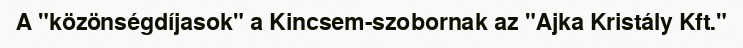
A "közönségdíjasok" a Kincsem-szobornak az "Ajka Kristály Kft."